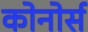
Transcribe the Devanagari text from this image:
कोनोर्स